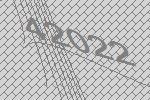
42022